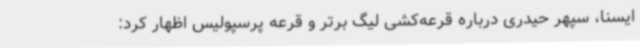
ایسنا، سپهر حیدری درباره قرعه‌کشی لیگ برتر و قرعه پرسپولیس اظهار کرد: